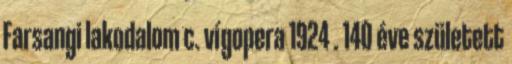
Farsangi lakodalom c. vígopera 1924 . 140 éve született